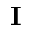
{ \bf I }